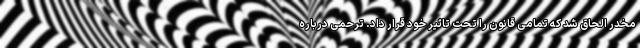
مخدر الحاق شد که تمامی قانون را تحت تاثیر خود قرار داد. ترحمی درباره